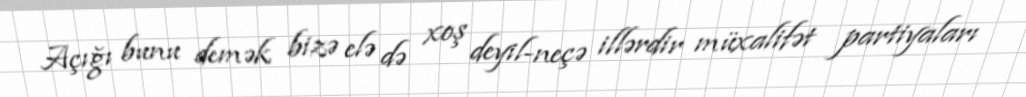
Açığı bunu demək bizə elə də xoş deyil-neçə illərdir müxalifət partiyaları